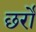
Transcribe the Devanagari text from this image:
छर्रो